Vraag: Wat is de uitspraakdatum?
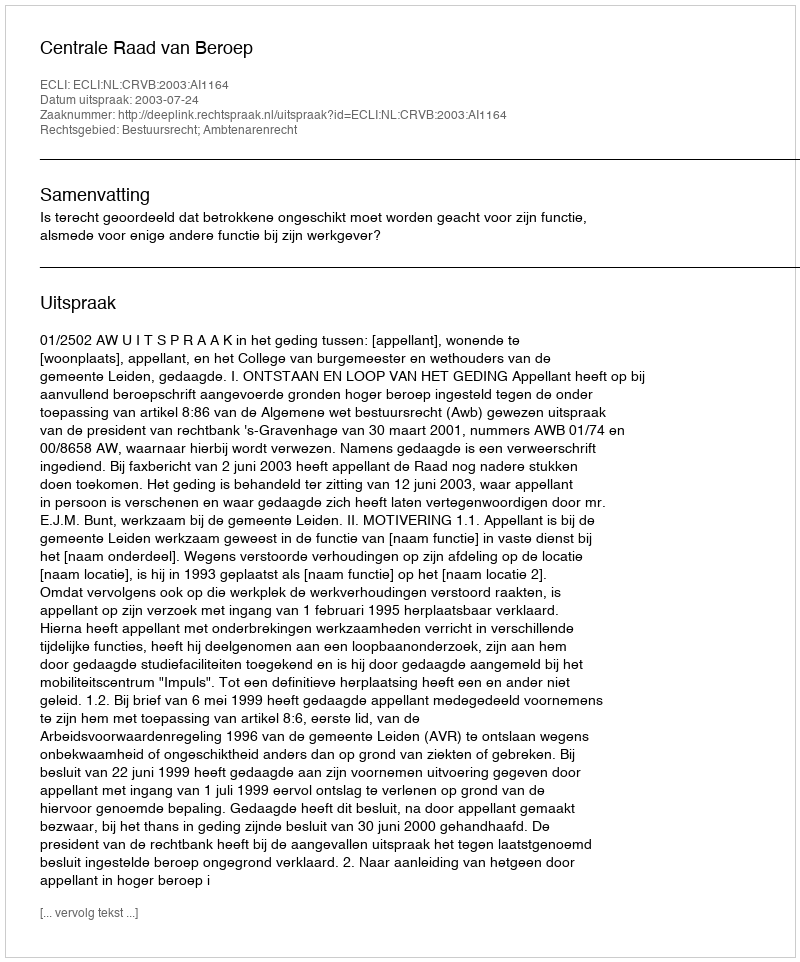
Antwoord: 2003-07-24